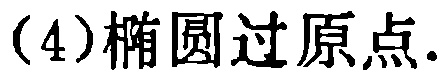
(4)椭圆过原点.